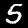
Digit: 5